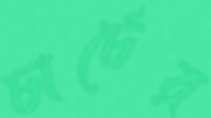
চার্চের